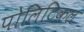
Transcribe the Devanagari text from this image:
पोलिटिकल